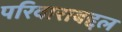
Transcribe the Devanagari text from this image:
परिवाराबद्दल